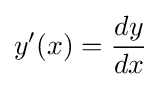
y'(x)={\frac {dy}{dx}}